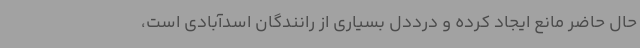
حال حاضر مانع ایجاد کرده و درددل بسیاری از رانندگان اسدآبادی است،